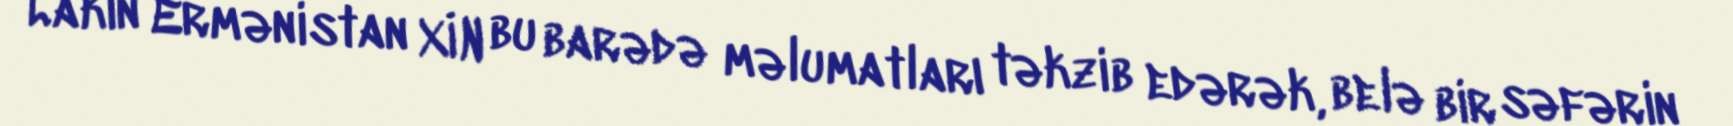
Lakin Ermənistan XİN bu barədə məlumatları təkzib edərək, belə bir səfərin